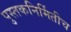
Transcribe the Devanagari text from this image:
पुस्तकनिर्मितीच